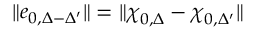
\| e _ { 0 , \Delta - \Delta ^ { \prime } } \| = \| \boldsymbol { \chi } _ { 0 , \Delta } - \boldsymbol { \chi } _ { 0 , \Delta ^ { \prime } } \|